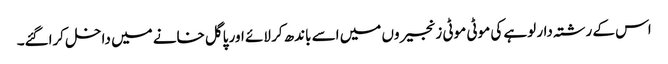
اس کے رشتہ دار لوہے کی موٹی موٹی زنجیروں میں اسے باندھ کر لائے اور پاگل خانے میں داخل کراگئے۔